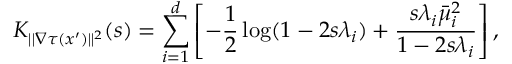
K _ { | | \nabla \tau ( x ^ { \prime } ) | | ^ { 2 } } ( s ) = \sum _ { i = 1 } ^ { d } \left[ - \frac { 1 } { 2 } \log ( 1 - 2 s \lambda _ { i } ) + \frac { s \lambda _ { i } \bar { \mu } _ { i } ^ { 2 } } { 1 - 2 s \lambda _ { i } } \right] ,